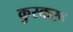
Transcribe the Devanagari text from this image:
कुस्करू